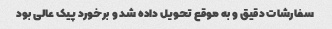
سفارشات دقیق و به موقع تحویل داده شد و برخورد پیک عالی بود